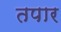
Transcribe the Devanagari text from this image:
तपार